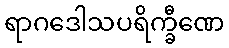
ရာဂဒေါသပရိက္ခီဏေ